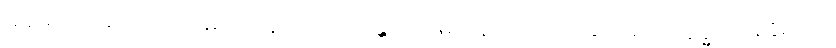
ဆွေမျိုး၎င်း။ အာဗာဓော၊ အနာ၎င်း။ ဂန္ထော၊ ကျမ်းဂန်သင်ကြားခြင်း၎င်း။ ဣဒ္ဓိ၊ တန်ခိုး၎င်း။